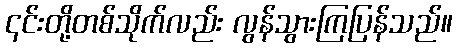
၎င်းတို့တစ်သိုက်လည်း လွန်သွားကြပြန်သည်။